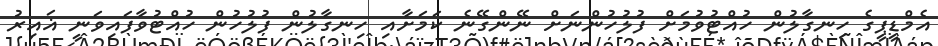
އެމްޑީޕީގެ ހިނގާލުން ހުއްޓުވުމަށް ފުލުހުންނަށް ނޭންގޭނެ ކަމަށާއި ހިނގާލުން ފުލުހުން ހުއްޓުވާފައިވަނީ ޣައިރު